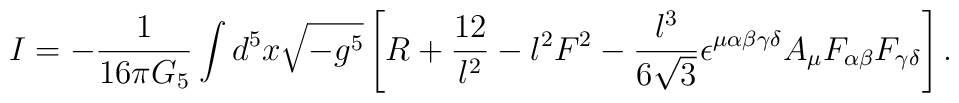
I=-{1\over 16 \pi G_5}\int d^5x\sqrt{-g^5}\left[ R+{12\over l^2} -{l^2}F^2-{l^3\over 6\sqrt{3}}\epsilon^{\mu\alpha\beta\gamma\delta}A_\mu F_{\alpha\beta}F_{\gamma\delta} \right].